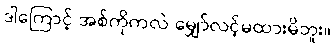
ဒါကြောင့် အစ်ကိုကလဲ မျှော်လင့်မထားမိဘူး။